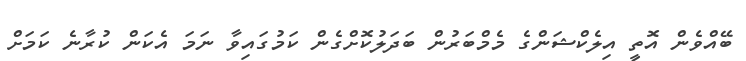
ބޭއްވެން އޮތީ އިލެކްޝަންގެ މެމްބަރުން ބަދަލުކޮށްގެން ކަމުގައިވާ ނަމަ އެކަން ކުރާނެ ކަމަށް